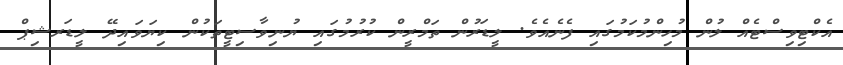
އެކްޓިވިސްޓެއް ލުން މުހިންމުކަމުގައި ފެނެއެވެ. ލީޑަރުން ތަމްރީން ކުރުމުގައި ޔުނިވާސިޓީތަކުން ކިޔަވައިދޭ ލީޑަރޝިޕް